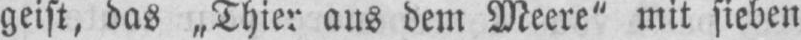
geist, das „Thier aus dem Meere“ mit sieben